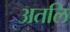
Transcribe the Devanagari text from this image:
अतलि